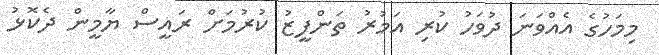
މިމަހުގެ އެއްވަނަ ދުވަހު ކުރި އަމުރު ތަންފީޒު ކުރުމަށް ރައީސް ޔާމީން ދެކޮޅު